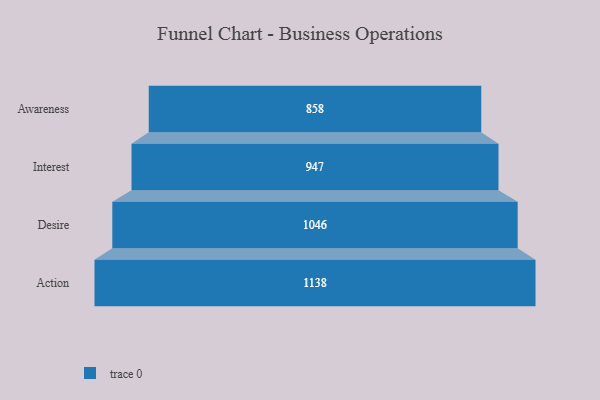
{"axis": {"x": "Stage", "y": "Value"}, "legend": [""], "data": [{"x": "Awareness", "y": 858.0, "type": ""}, {"x": "Interest", "y": 947.0, "type": ""}, {"x": "Desire", "y": 1046.0, "type": ""}, {"x": "Action", "y": 1138.0, "type": ""}]}